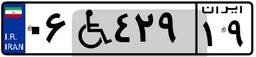
۰۶W۴۲۹۱۹